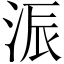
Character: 浱